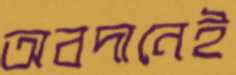
অবদানেই